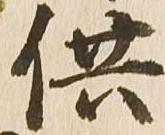
供